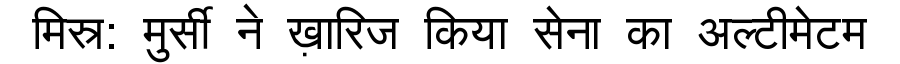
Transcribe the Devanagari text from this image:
मिस्र: मुर्सी ने ख़ारिज किया सेना का अल्टीमेटम